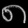
Digit: ၈